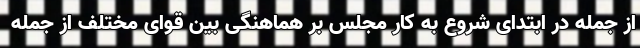
از جمله در ابتدای شروع به کار مجلس بر هماهنگی بین قوای مختلف از جمله